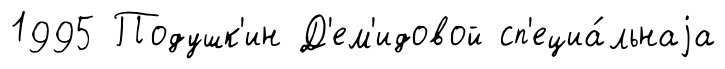
1995 Подушк'ин Д'ем'идовой сп'ециа́льнаjа